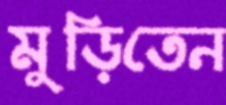
মুড়িতেন